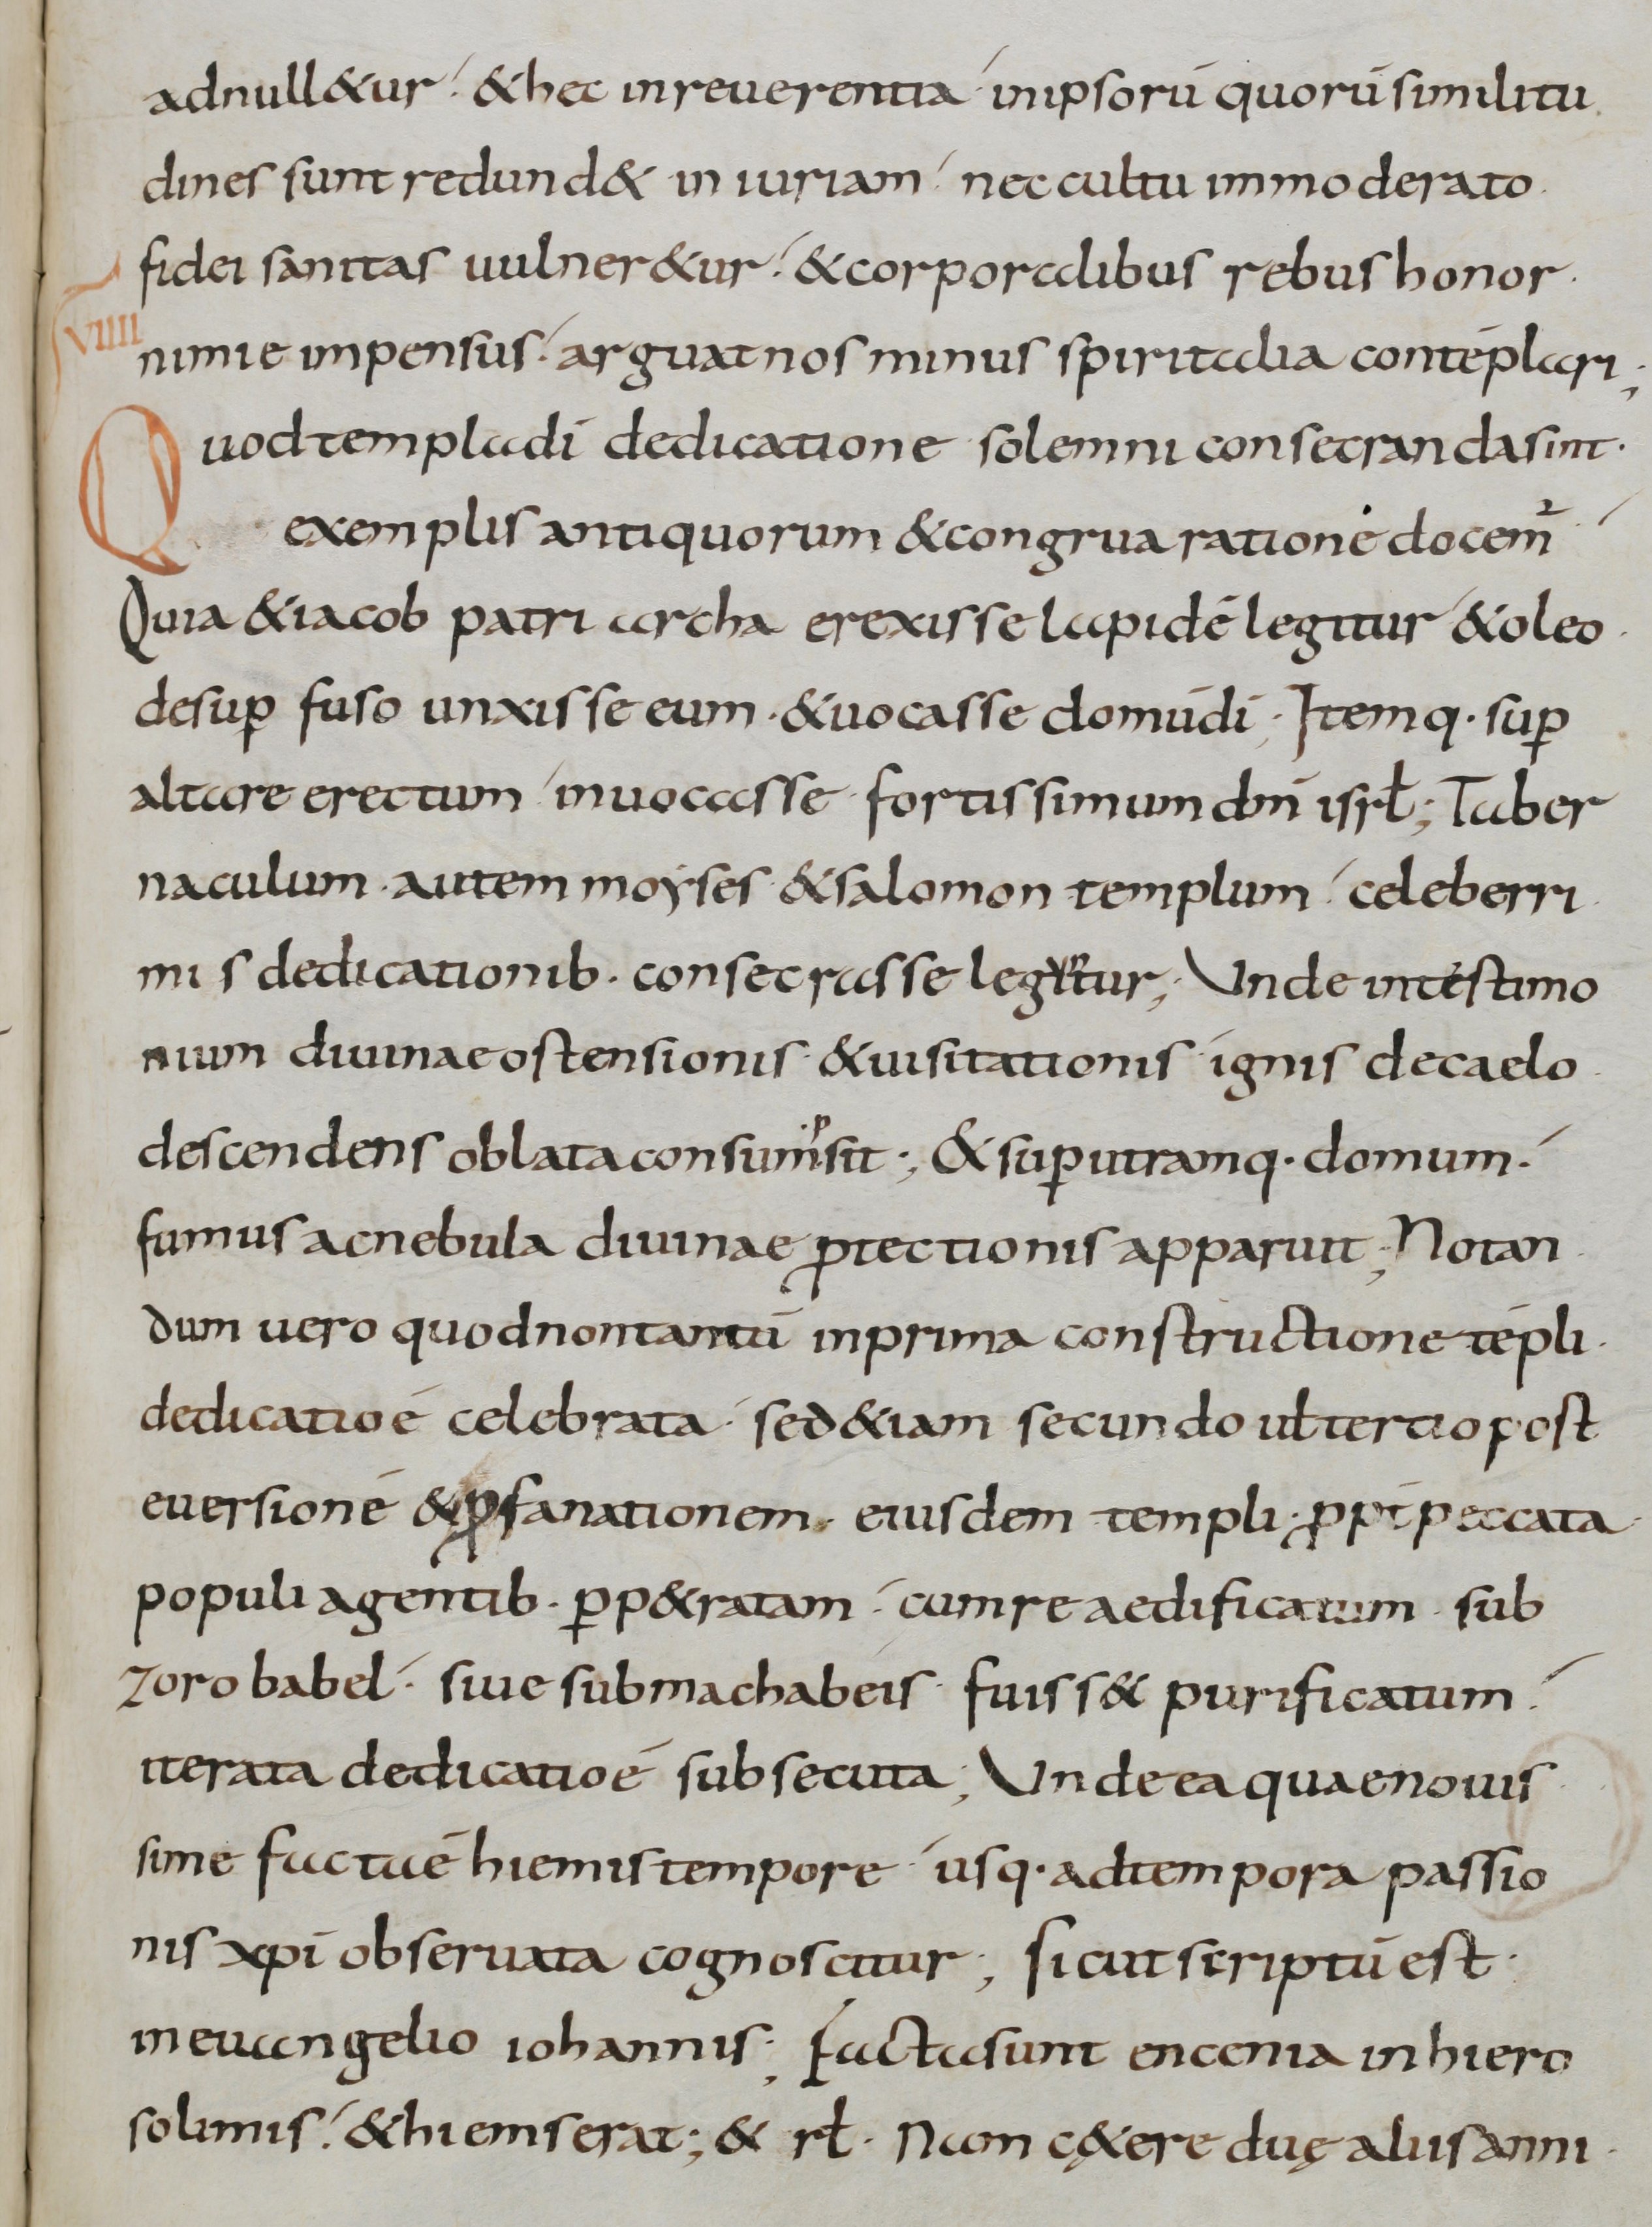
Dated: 900–999